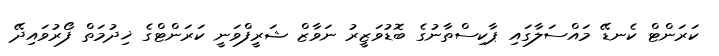
ކަރަންޓް ކެނޑޭ މައްސަލާގައި ޕާކިސްތާނުގެ ބޮޑުވަޒީރު ނަވާޒް ޝަރީފްވަނީ ކަރަންޓްގެ ޚިދުމަތް ފޯރުވައިދޭ